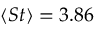
\langle S t \rangle = 3 . 8 6